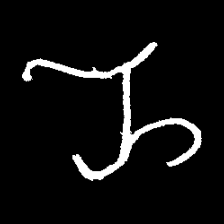
Pyu character \u2014 Myanmar letter: ည (romanized: nya)